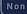
non